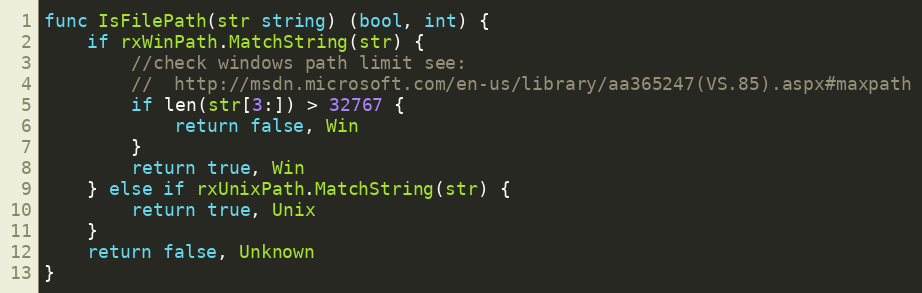
Language: Go
func IsFilePath(str string) (bool, int) {
	if rxWinPath.MatchString(str) {
		//check windows path limit see:
		//  http://msdn.microsoft.com/en-us/library/aa365247(VS.85).aspx#maxpath
		if len(str[3:]) > 32767 {
			return false, Win
		}
		return true, Win
	} else if rxUnixPath.MatchString(str) {
		return true, Unix
	}
	return false, Unknown
}